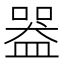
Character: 𥂍